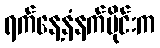
ရက်နေ့နံနက်ပိုင်းက